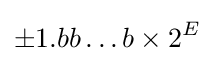
\pm 1.bb\ldots b\times 2^{E}